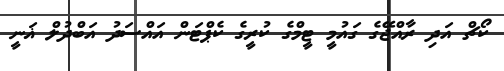
ކޯޗް އަދި ރާއްޖޭގެ ގައުމީ ޓީމްގެ ކުރީގެ ކެޕްޓަން އައްސަދު އަބްދުލް ޣަނީ